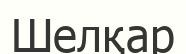
Шелқар